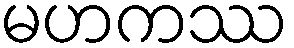
မဟကဿ